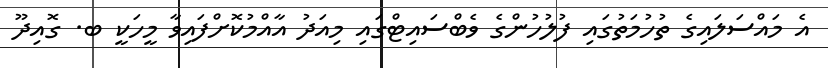
އެ މައްސަލައިގެ ތުހުމަތުގައި ފުލުހުންގެ ވެބްސައިޓްގައި މިއަދު އާއްމުކޮށްފައިވާ މީހަކީ ބ. ގޮއިދޫ